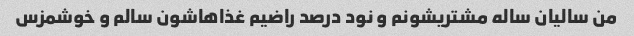
من سالیان ساله مشتریشونم و نود درصد راضیم غذاهاشون سالم و خوشمزس